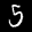
Label: 5